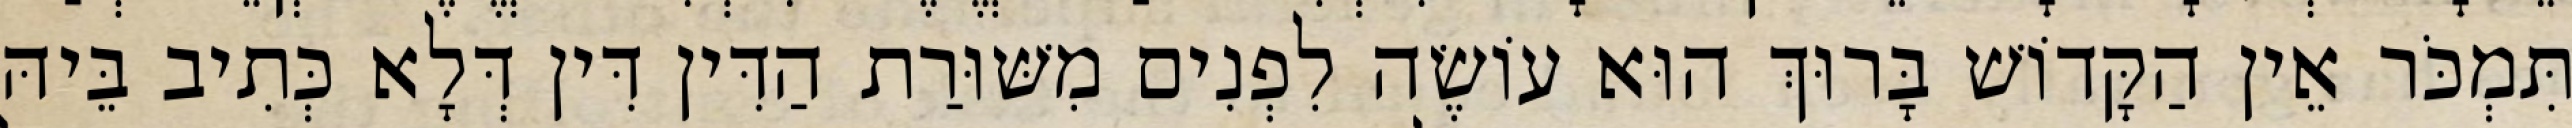
תִּמְכֹּר אֵין הַקָּדוֹשׁ בָּרוּךְ הוּא עוֹשֶׂה לִפְנִים מִשּׁוּרַת הַדִּין דִּין דְּלָא כְּתִיב בֵּיהּ